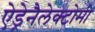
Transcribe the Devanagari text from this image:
ऐड्रेनैलेक्टोमी